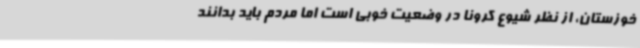
خوزستان، از نظر شیوع کرونا در وضعیت خوبی است اما مردم باید بدانند